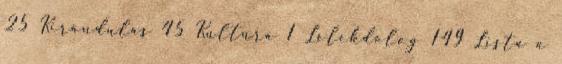
25 Kirándulás 45 Kultúra 1 Lélekdolog 149 Lista a